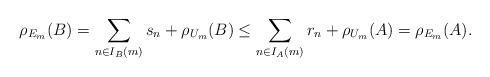
LaTeX: \begin{align*}\rho_{E_m}(B)=\sum_{n\in I_B(m)}s_n+\rho_{U_{m}}(B)\leq\sum_{n\in I_A(m)}r_n+\rho_{U_{m}}(A)=\rho_{E_m}(A).\end{align*}